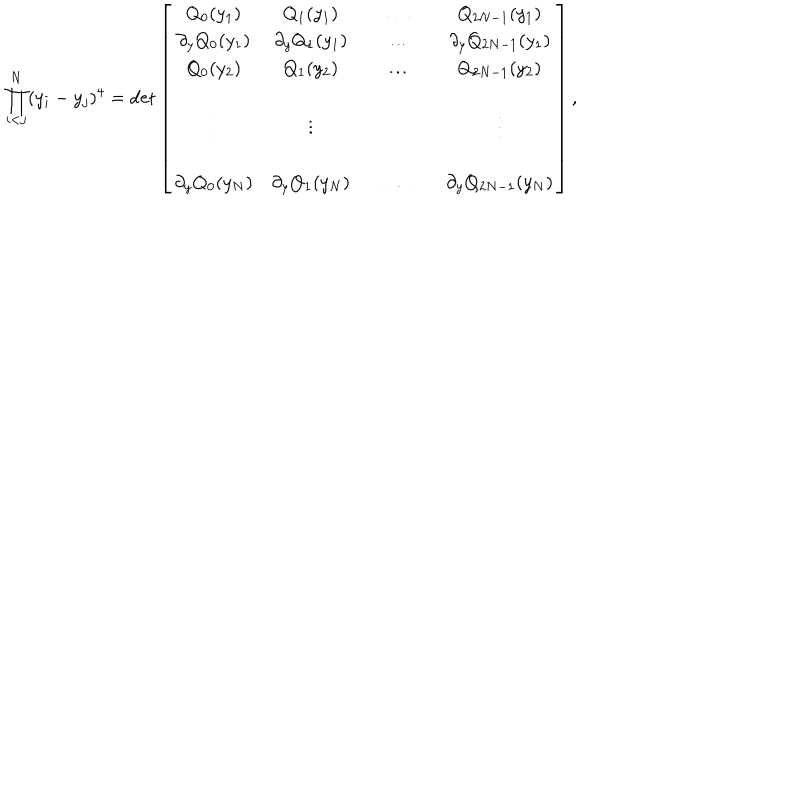
\prod _ { i < j } ^ { N } ( y _ { i } - y _ { j } ) ^ { 4 } = \det \left[ \begin{array} { c c c c c c } { { Q _ { 0 } ( y _ { 1 } ) } } & { { Q _ { 1 } ( y _ { 1 } ) } } & { { } } & { { \ldots } } & { { } } & { { Q _ { 2 N - 1 } ( y _ { 1 } ) } } \\ { { \partial _ { y } Q _ { 0 } ( y _ { 1 } ) } } & { { \partial _ { y } Q _ { 1 } ( y _ { 1 } ) } } & { { } } & { { \ldots } } & { { } } & { { \partial _ { y } Q _ { 2 N - 1 } ( y _ { 1 } ) } } \\ { { Q _ { 0 } ( y _ { 2 } ) } } & { { Q _ { 1 } ( y _ { 2 } ) } } & { { } } & { { \ldots } } & { { } } & { { Q _ { 2 N - 1 } ( y _ { 2 } ) } } \\ { { } } & { { } } & { { } } & { { } } & { { } } & { { } } \\ { { \vdots } } & { { \vdots } } & { { } } & { { } } & { { } } & { { \vdots } } \\ { { } } & { { } } & { { } } & { { } } & { { } } & { { } } \\ { { \partial _ { y } Q _ { 0 } ( y _ { N } ) } } & { { \partial _ { y } Q _ { 1 } ( y _ { N } ) } } & { { } } & { { \ldots } } & { { } } & { { \partial _ { y } Q _ { 2 N - 1 } ( y _ { N } ) } } \\ \end{array} \right] ,